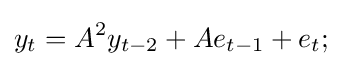
y_{t}=A^{2}y_{t-2}+Ae_{t-1}+e_{t};